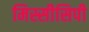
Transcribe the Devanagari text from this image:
मिस्सीसिपी